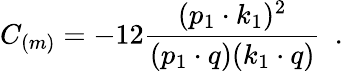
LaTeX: C_{(m)}=-12\frac{(p_{1}\cdot k_{1})^{2}}{(p_{1}\cdot q)(k_{1}\cdot q)}~~.